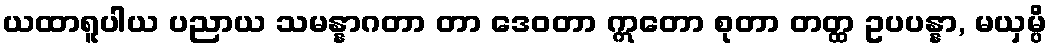
ယထာရူပါယ ပညာယ သမန္နာဂတာ တာ ဒေဝတာ ဣတော စုတာ တတ္ထ ဥပပန္နာ, မယှမ္ပိ